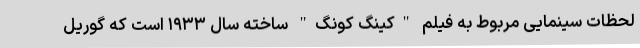
لحظات سینمایی مربوط به فیلم "کینگ کونگ" ساخته سال ۱۹۳۳ است که گوریل